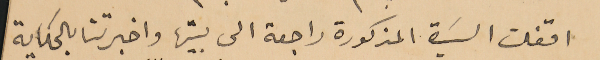
اقفلت السَيدة المذكورة راجعة الى بيتها واخبرتنا بالحكاية